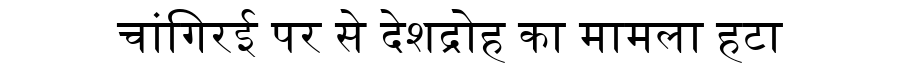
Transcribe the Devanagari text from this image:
चांगिरई पर से देशद्रोह का मामला हटा